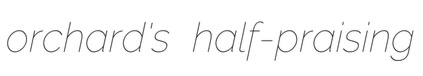
orchard's half-praising